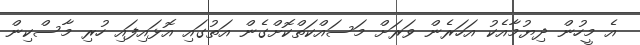
އެ މީހުން ދިޔުމާއެކު އަހަރެން ވަރަށް މަސައްކަތްކޮށްގެން އަތުގައި އޮޅައިފައި ހުރި މާސްކިން